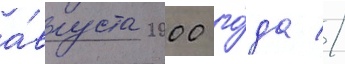
а́вгуста 2000 го́да //